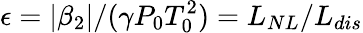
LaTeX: \epsilon=|\beta_{2}|/(\gamma P_{0}T_{0}^{2})=L_{NL}/L_{dis}